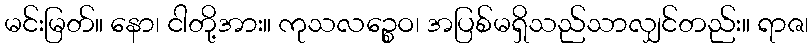
မင်းမြတ်။ နော၊ ငါတို့အား။ ကုသလဉ္စေဝ၊ အပြစ်မရှိသည်သာလျှင်တည်း။ ရာဇ၊